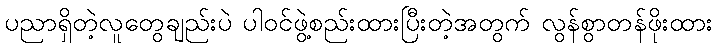
ပညာရှိတဲ့လူတွေချည်းပဲ ပါဝင်ဖွဲ့စည်းထားပြီးတဲ့အတွက် လွန်စွာတန်ဖိုးထား